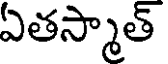
ఏతస్మాత్